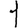
Digit: 1